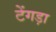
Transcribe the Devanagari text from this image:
टेंगड़ा